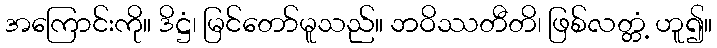
အကြောင်းကို။ ဒိဋ္ဌံ၊ မြင်တော်မူသည်။ ဘဝိဿတီတိ၊ ဖြစ်လတ္တံ့ ဟူ၍။